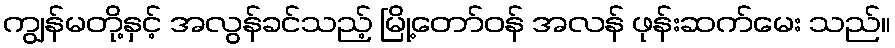
ကျွန်မတို့နှင့် အလွန်ခင်သည့် မြို့တော်ဝန် အလန် ဖုန်းဆက်မေး သည်။